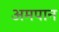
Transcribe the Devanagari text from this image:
अमपान